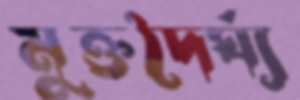
মুক্তদৈর্ঘ্য